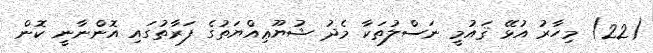
(22) މިހާރު އުޅޭ ޤައުމީ ނަސްލުތަކާ މެދު ޝުޔޫޢިއްޔަތުގެ ފަރާތުގައި އޮންނާނީ ކޮން